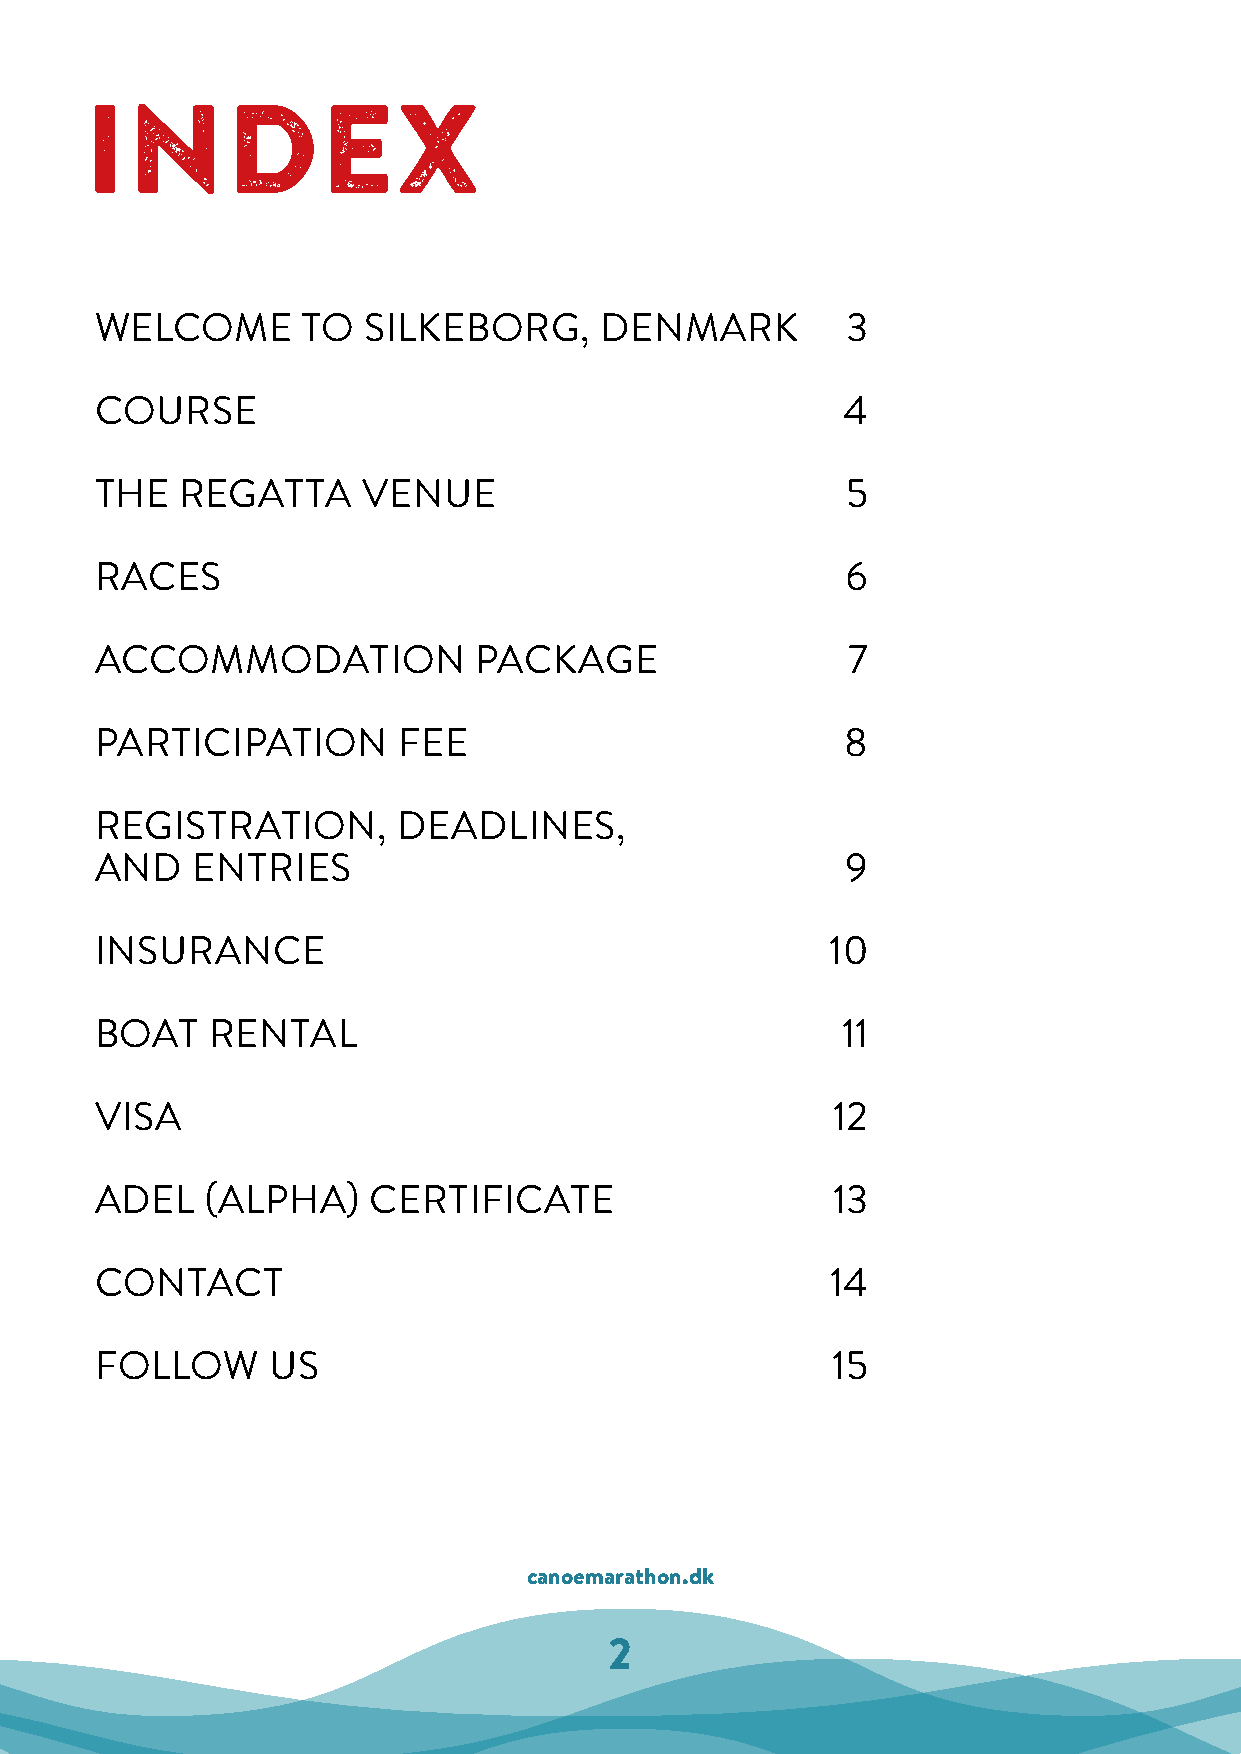
INDEX
 WELCOME       TO  SILKEBORG,      DENMARK         3
 COURSE                                            4
 THE   REGATTA     VENUE                           5
 RACES                                             6
 ACCOMMODATION            PACKAGE                  7
 PARTICIPATION       FEE                           8
 REGISTRATION,       DEADLINES,
 AND    ENTRIES                                    9
 INSURANCE                                        10
 BOAT    RENTAL                                    11
 VISA                                             12
 ADEL    (ALPHA)   CERTIFICATE                    13
 CONTACT                                          14
 FOLLOW      US                                   15
 canoemarathon.dk
 2